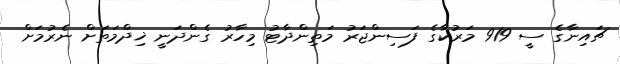
ޗައިނާގެ ސީ 919 މަރުކާގެ ފަސިންޖަރު މަތިންދާޓު މިހާރު ގެންދަނީ ޚިދްމަތަށް ނެރުމަށް